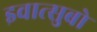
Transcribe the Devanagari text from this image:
इवात्सुबो